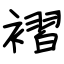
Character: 褶